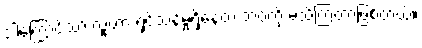
ဒါကြောင့်သာ လူဟာ ရှင်သန်မှုရှိနေတဲ့ ဘဝကို မသိကြတာဖြစ်တယ်။